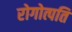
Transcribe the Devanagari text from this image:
रोगोत्पति